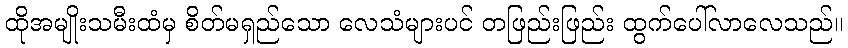
ထိုအမျိုးသမီးထံမှ စိတ်မရှည်သော လေသံများပင် တဖြည်းဖြည်း ထွက်ပေါ်လာလေသည်။